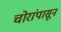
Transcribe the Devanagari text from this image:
चोरांपासून